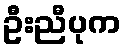
ဦးညီပုက